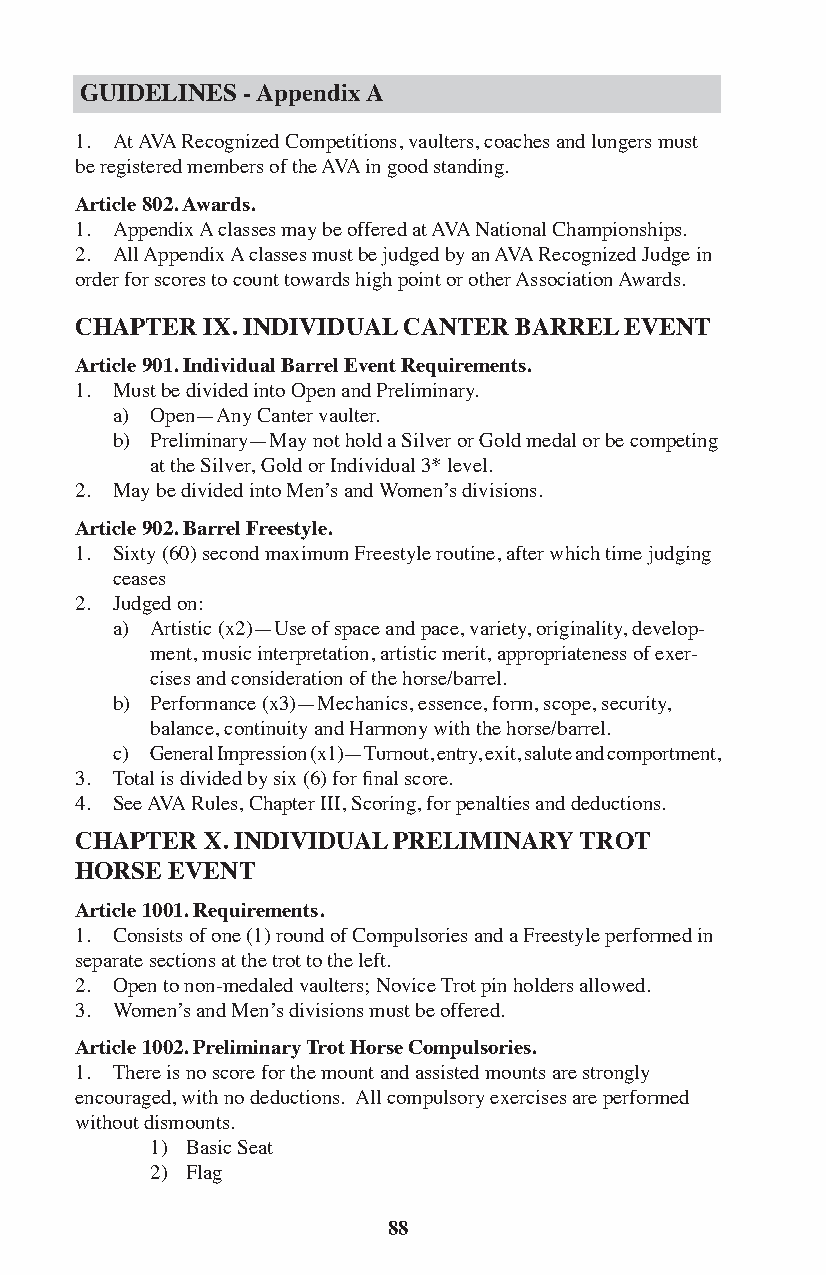
GUIDELINES - Appendix A
 1. At AVA Recognized Competitions, vaulters, coaches and lungers must
 be registered members of the AVA in good standing.
 Article 802. Awards.
 1. Appendix A classes may be offered at AVA National Championships.
 2. All Appendix A classes must be judged by an AVA Recognized Judge in
 order for scores to count towards high point or other Association Awards.
 CHAPTER IX. INDIVIDUAL CANTER BARREL EVENT
 Article 901. Individual Barrel Event Requirements.
 1. Must be divided into Open and Preliminary.
 a) Open—Any Canter vaulter.
 b) Preliminary—May not hold a Silver or Gold medal or be competing
 at the Silver, Gold or Individual 3* level.
 2. May be divided into Men’s and Women’s divisions.
 Article 902. Barrel Freestyle.
 1. Sixty (60) second maximum Freestyle routine, after which time judging
 ceases
 2. Judged on:
 a) Artistic (x2)—Use of space and pace, variety, originality, develop-
 ment, music interpretation, artistic merit, appropriateness of exer-
 cises and consideration of the horse/barrel.
 b) Performance (x3)—Mechanics, essence, form, scope, security,
 balance, continuity and Harmony with the horse/barrel.
 c) General Impression (x1)—Turnout, entry, exit, salute and comportment,
 3. Total is divided by six (6) for final score.
 4. See AVA Rules, Chapter III, Scoring, for penalties and deductions.
 CHAPTER X. INDIVIDUAL PRELIMINARY TROT
 HORSE EVENT
 Article 1001. Requirements.
 1. Consists of one (1) round of Compulsories and a Freestyle performed in
 separate sections at the trot to the left.
 2. Open to non-medaled vaulters; Novice Trot pin holders allowed.
 3. Women’s and Men’s divisions must be offered.
 Article 1002. Preliminary Trot Horse Compulsories.
 1. There is no score for the mount and assisted mounts are strongly
 encouraged, with no deductions. All compulsory exercises are performed
 without dismounts.
 1) Basic Seat
 2) Flag
 88